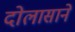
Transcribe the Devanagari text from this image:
दोलासाने